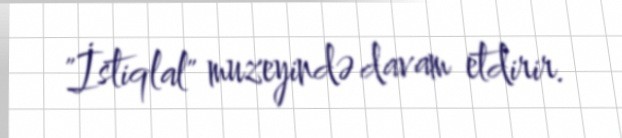
"İstiqlal" muzeyində davam etdirir.